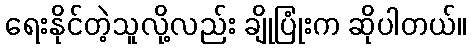
ရေးနိုင်တဲ့သူလို့လည်း ချိုပြုံးက ဆိုပါတယ်။